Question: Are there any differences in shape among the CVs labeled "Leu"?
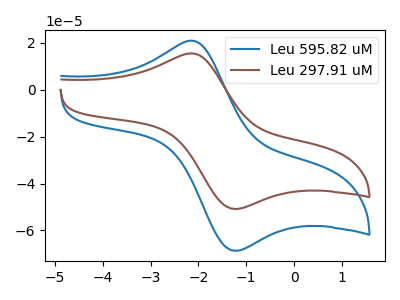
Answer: <think>The blue curve "Leu 595.82 uM" has an anodic peak at (-2.10V, 20.85uA) and a cathodic peak at (-1.25V, -68.65uA). The brown curve "Leu 297.91 uM" has an anodic peak at (-2.10V, 15.40uA) and a cathodic peak at (-1.25V, -50.85uA).
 All the peaks in "Leu 595.82 uM" have a peak in "Leu 297.91 uM" at the same potential. Every peak in "Leu 595.82 uM" is higher than every peak in "Leu 297.91 uM".</think>
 <answer>All the CV's of "Leu" have similar shape.</answer>
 <eval>follow_rule</eval>